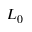
L _ { 0 }